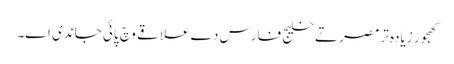
کھجور زیادہ ترمصر تے خلیج فارس دے علاقے وچ پائی جاندی ا‏‏ے۔